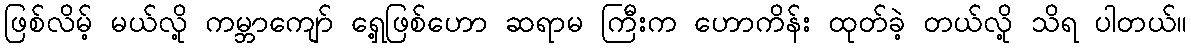
ဖြစ်လိမ့် မယ်လို့ ကမ္ဘာကျော် ရှေ့ဖြစ်ဟော ဆရာမ ကြီးက ဟောကိန်း ထုတ်ခဲ့ တယ်လို့ သိရ ပါတယ်။